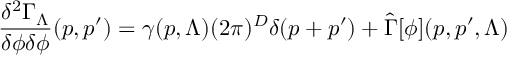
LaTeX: \frac { \delta ^ { 2 } \Gamma _ { \Lambda } } { \delta \phi \delta \phi } ( p , p ^ { \prime } ) = \gamma ( p , \Lambda ) ( 2 \pi ) ^ { D } \delta ( p + p ^ { \prime } ) + \hat { \Gamma } [ \phi ] ( p , p ^ { \prime } , \Lambda )